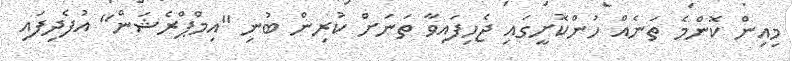
މިއިން ކޮންމެ ތަނެއް ހުންކޮށީގައި ޖެހިފައިވާ ތަނަށް ކުރިން ބުނި ''އިމްޕްރެޝަން'' އުފެދިފައި